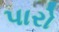
પારો